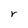
Character: r